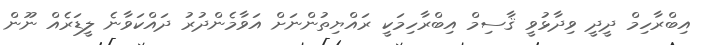
އިބްރާހިމް ދީދީ ވިދާޅުވީ ޤާސިމް އިބްރާހިމަކީ ރައްޔިތުންނަށް އަވާމެންދުރު ދައްކަވާނެ ލީޑަރެއް ނޫން